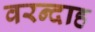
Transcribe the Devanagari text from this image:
वरन्दाह